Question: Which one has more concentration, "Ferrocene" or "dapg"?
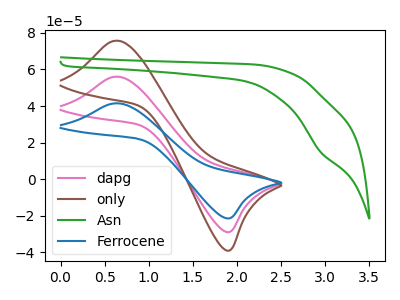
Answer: <think>The pink curve "dapg" has an anodic peak at (0.60V, 56.05uA) and a cathodic peak at (1.90V, -28.85uA). The brown curve "only" has an anodic peak at (0.60V, 112.15uA) and a cathodic peak at (1.90V, -57.70uA). The green curve "Asn" has a cathodic peak at: (2.95V, 15.00uA). The blue curve "Ferrocene" has an anodic peak at (0.60V, 41.50uA) and a cathodic peak at (1.90V, -21.35uA).
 All the peaks in "Ferrocene" have a peak in "dapg" at the same potential. Every peak in "Ferrocene" is lower than every peak in "dapg".</think>
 <answer>"Ferrocene" has less signal than "dapg" and so likely has a lower concentration.</answer>
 <eval>less_concentration</eval>